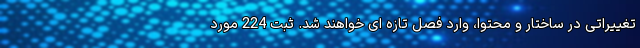
تغییراتی در ساختار و محتوا، وارد فصل تازه ای خواهند شد. ثبت 224 مورد